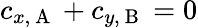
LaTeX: c_{x,\mathrm{~A~}}+c_{y,\mathrm{~B~}}=0